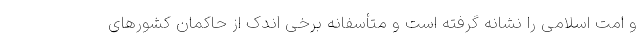
و امت اسلامی را نشانه گرفته است و متأسفانه برخی اندک از حاکمان کشورهای